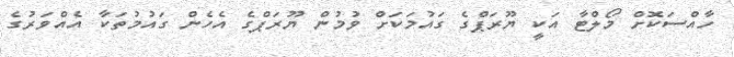
ހާއްސަކޮށް މޯލްޓާ އަކީ ޔޫރަޕްގެ ގައުމަކަށް ވުމުން ޔޫރަޕްގެ އެހެން ގައުމުތަކާ އެއްވަރުގެ